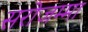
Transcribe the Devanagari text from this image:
सरोजम्मा